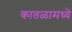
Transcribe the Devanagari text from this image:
कातळामध्ये